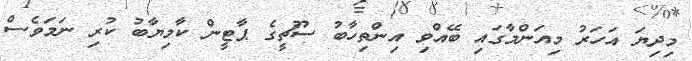
މިދިޔަ އަހަރު މިއަންމާގައި ބޭއްވި އިންތިހާބު ސޫޗީގެ ޕާޓީން ކާމިޔާބު ކުރި ނަމަވެސް